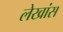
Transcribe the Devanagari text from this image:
लेखांस